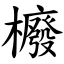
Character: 櫠